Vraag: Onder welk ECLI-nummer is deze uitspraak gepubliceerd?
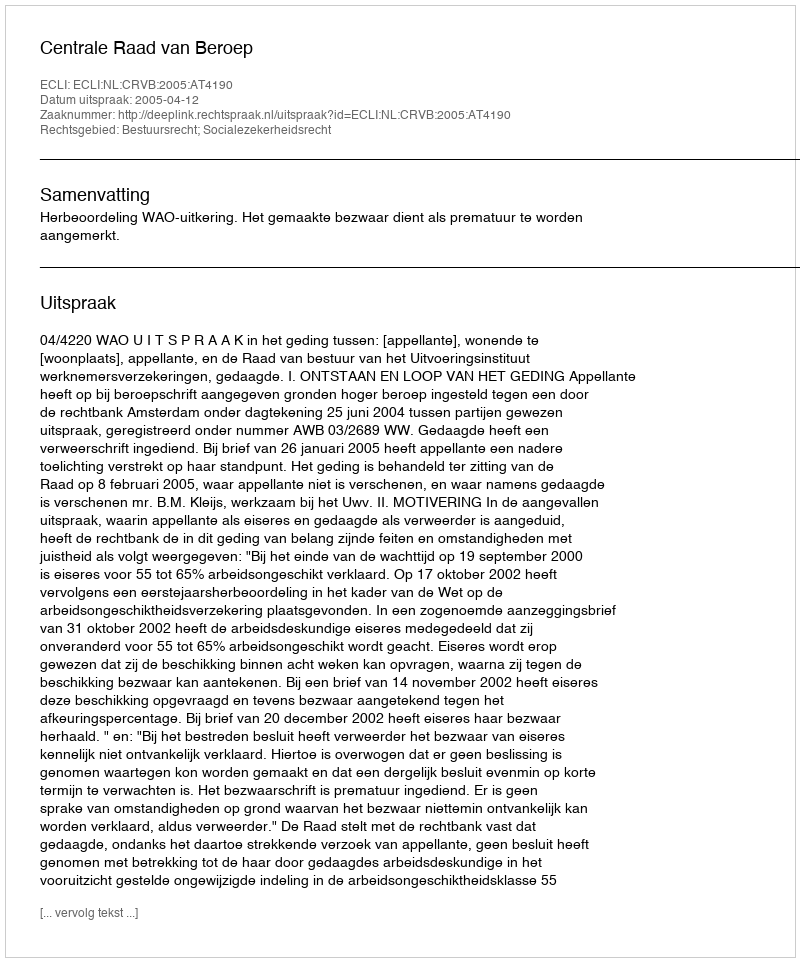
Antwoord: ECLI:NL:CRVB:2005:AT4190